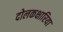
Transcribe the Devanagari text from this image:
दोलकक्षारिया